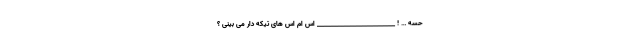
حسه … ! __________________________ اس ام اس های تیکه دار می بینی ؟